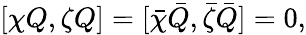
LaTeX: [\chi Q,\zeta Q]=[\bar{\chi}\bar{Q},\bar{\zeta}\bar{Q}]=0,